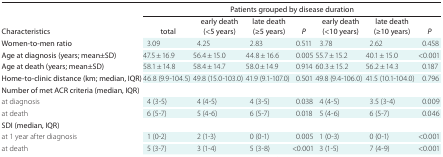
<table><thead><tr><td rowspan="2"><b>Characteristics</b></td><td colspan="7"><b>Patients grouped by disease duration</b></td></tr><tr><td><b>total</b></td><td><b>early death (&lt;5 years)</b></td><td><b>late death (≥5 years)</b></td><td><b><i>P</i></b></td><td><b>early death (&lt;10 years)</b></td><td><b>late death (≥10 years)</b></td><td><b><i>P</i></b></td></tr></thead><tbody><tr><td>Women-to-men ratio</td><td>3.09</td><td>4.25</td><td>2.83</td><td>0.511</td><td>3.78</td><td>2.62</td><td>0.458</td></tr><tr><td>Age at diagnosis (years; mean±SD)</td><td>47.5 ± 16.9</td><td>56.4 ± 15.0</td><td>44.8 ± 16.6</td><td>0.005</td><td>55.7 ± 15.2</td><td>40.1 ± 15.0</td><td>&lt;0.001</td></tr><tr><td>Age at death (years; mean±SD)</td><td>58.1 ± 14.8</td><td>58.4 ± 14.7</td><td>58.0 ± 14.9</td><td>0.914</td><td>60.3 ± 15.2</td><td>56.2 ± 14.3</td><td>0.187</td></tr><tr><td>Home-to-clinic distance (km; median, IQR)</td><td>46.8 (9.9-104.5)</td><td>49.8 (15.0-103.0)</td><td>41.9 (9.1-107.0)</td><td>0.501</td><td>49.8 (9.4-106.0)</td><td>41.5 (10.1-104.0)</td><td>0.796</td></tr><tr><td>Number of met ACR criteria (median, IQR)</td><td></td><td></td><td></td><td></td><td></td><td></td><td></td></tr><tr><td>at diagnosis</td><td>4 (3-5)</td><td>4 (4-5)</td><td>4 (3-5)</td><td>0.038</td><td>4 (4-5)</td><td>3.5 (3-4)</td><td>0.009</td></tr><tr><td>at death</td><td>6 (5-7)</td><td>5 (4-6)</td><td>6 (5-7)</td><td>0.018</td><td>5 (4-6)</td><td>6 (5-7)</td><td>0.046</td></tr><tr><td>SDI (median, IQR)</td><td></td><td></td><td></td><td></td><td></td><td></td><td></td></tr><tr><td>at 1 year after diagnosis</td><td>1 (0-2)</td><td>2 (1-3)</td><td>0 (0-1)</td><td>0.005</td><td>1 (0-3)</td><td>0 (0-1)</td><td>&lt;0.001</td></tr><tr><td>at death</td><td>5 (3-7)</td><td>3 (1-4)</td><td>5 (3-8)</td><td>&lt;0.001</td><td>3 (1-5)</td><td>7 (4-9)</td><td>&lt;0.001</td></tr></tbody></table>